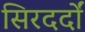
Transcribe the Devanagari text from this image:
सिरदर्दों